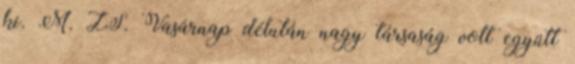
ki. M. ZS. Vasárnap délután nagy társaság volt együtt